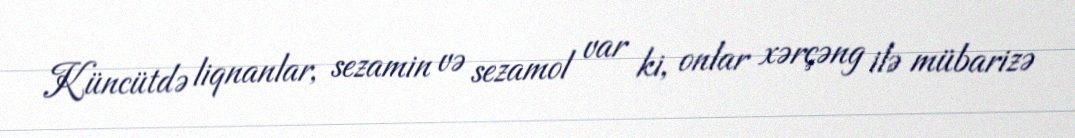
Küncütdə liqnanlar, sezamin və sezamol var ki, onlar xərçəng ilə mübarizə